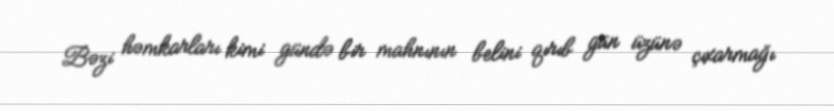
Bəzi həmkarları kimi gündə bir mahnının belini qırıb gün üzünə çıxarmağı